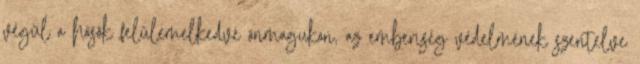
végül a hősök felülemelkedve önmagukon, az emberiség védelmének szentelve